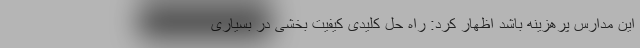
این مدارس پرهزینه باشد اظهار کرد: راه حل کلیدی کیفیت بخشی در بسیاری